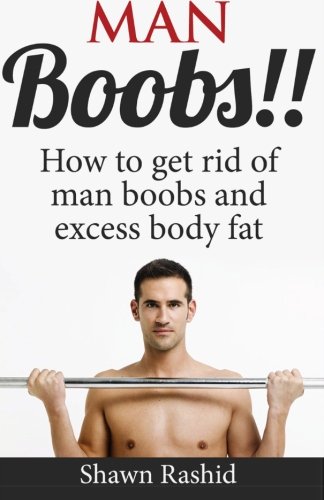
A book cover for Man Boobs!! How to get Rid of Man Boobs and Excess Body Fat; Shawn Rashid; Medical Books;